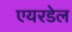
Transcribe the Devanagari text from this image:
एयरडेल